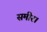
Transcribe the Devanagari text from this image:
समीर।